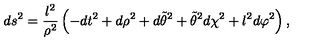
d s ^ { 2 } = \frac { l ^ { 2 } } { \rho ^ { 2 } } \left( - d t ^ { 2 } + d \rho ^ { 2 } + d \tilde { \theta } ^ { 2 } + \tilde { \theta } ^ { 2 } d \chi ^ { 2 } + l ^ { 2 } d \varphi ^ { 2 } \right) ,